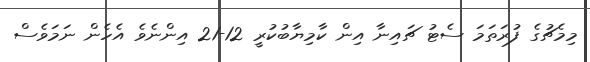
މިމެޗުގެ ފުރަތަމަ ސެޓު ޗައިނާ އިން ކާމިޔާބުކުރީ 12-21 އިންނެވެ އެހެން ނަމަވެސް